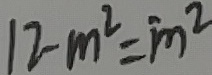
1 2 - m ^ { 2 } = m ^ { 2 }